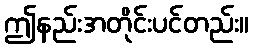
ဤနည်းအတိုင်းပင်တည်း။